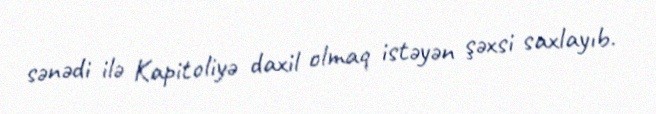
sənədi ilə Kapitoliyə daxil olmaq istəyən şəxsi saxlayıb.